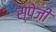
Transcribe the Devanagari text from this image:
स्पेज़ी